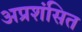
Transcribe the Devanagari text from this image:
अप्रशंसित